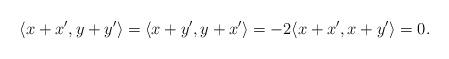
LaTeX: \begin{align*}\langle x + x', y + y' \rangle = \langle x + y' , y + x' \rangle = -2 \langle x + x', x + y' \rangle = 0.\end{align*}